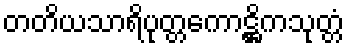
တတိယသာရိပုတ္တကောဋ္ဌိကသုတ္တံ